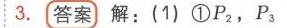
3. **答案** 解：(1) \textcircled{1}$P_{2}$，$P_{3}$